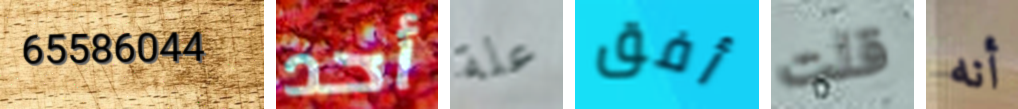
65586044 أحد علة أفق قلت أنه